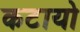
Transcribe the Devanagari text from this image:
कटायो